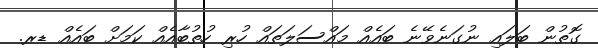
ގޮތުން ބަލައި ނުގަނެވޭނެ ބައެއް މައްސަލަތައް ހުރި ހުތުބާއެއް ކަމަށް ބައެއް ޑރ.